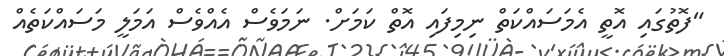
"ފޮތުގައި އޮތީ އެމަސައްކަތް ނިމިފައި އޮތް ކަމަށް. ނަމަވެސް އެއްވެސް އަމަލީ މަަސައްކަތެއް